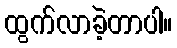
ထွက်လာခဲ့တာပါ။